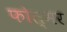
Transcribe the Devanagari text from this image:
फोल्मर